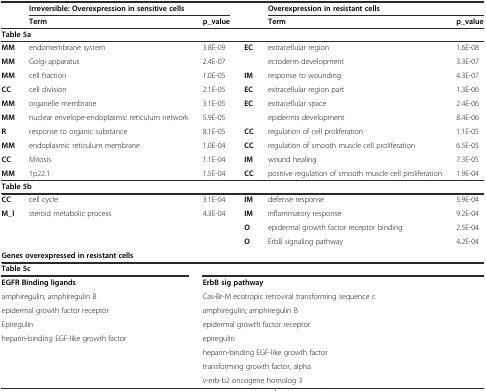
<table><thead><tr><td></td><td colspan="2"><b>Irreversible: Overexpression in sensitive cells</b></td><td></td><td colspan="2"><b>Overexpression in resistant cells</b></td></tr><tr><td></td><td><b>Term</b></td><td><b>p_value</b></td><td></td><td><b>Term</b></td><td><b>p_value</b></td></tr></thead><tbody><tr><td colspan="6"><b>Table 5a</b></td></tr><tr><td><b>MM</b></td><td>endomembrane system</td><td>3.8E-09</td><td><b>EC</b></td><td>extracellular region</td><td>1.6E-08</td></tr><tr><td><b>MM</b></td><td>Golgi apparatus</td><td>2.4E-07</td><td></td><td>ectoderm development</td><td>3.3E-07</td></tr><tr><td><b>MM</b></td><td>cell fraction</td><td>1.0E-05</td><td><b>IM</b></td><td>response to wounding</td><td>4.3E-07</td></tr><tr><td><b>CC</b></td><td>cell division</td><td>2.1E-05</td><td><b>EC</b></td><td>extracellular region part</td><td>1.3E-06</td></tr><tr><td><b>MM</b></td><td>organelle membrane</td><td>3.1E-05</td><td><b>EC</b></td><td>extracellular space</td><td>2.4E-06</td></tr><tr><td><b>MM</b></td><td>nuclear envelope-endoplasmic reticulum network</td><td>5.9E-05</td><td></td><td>epidermis development</td><td>8.4E-06</td></tr><tr><td><b>R</b></td><td>response to organic substance</td><td>8.1E-05</td><td><b>CC</b></td><td>regulation of cell proliferation</td><td>1.1E-05</td></tr><tr><td><b>MM</b></td><td>endoplasmic reticulum membrane</td><td>1.0E-04</td><td><b>CC</b></td><td>regulation of smooth muscle cell proliferation</td><td>6.5E-05</td></tr><tr><td><b>CC</b></td><td>Mitosis</td><td>1.1E-04</td><td><b>IM</b></td><td>wound healing</td><td>7.3E-05</td></tr><tr><td><b>MM</b></td><td>1p22.1</td><td>1.5E-04</td><td><b>CC</b></td><td>positive regulation of smooth muscle cell proliferation</td><td>1.9E-04</td></tr><tr><td colspan="6"><b>Table 5b</b></td></tr><tr><td><b>CC</b></td><td>cell cycle</td><td>3.1E-04</td><td><b>IM</b></td><td>defense response</td><td>5.9E-04</td></tr><tr><td><b>M_l</b></td><td>steroid metabolic process</td><td>4.3E-04</td><td><b>IM</b></td><td>inflammatory response</td><td>9.2E-04</td></tr><tr><td></td><td></td><td></td><td><b>O</b></td><td>epidermal growth factor receptor binding</td><td>2.5E-04</td></tr><tr><td></td><td></td><td></td><td><b>O</b></td><td>ErbB signaling pathway</td><td>4.2E-04</td></tr><tr><td colspan="6"><b>Genes overexpressed in resistant cells</b></td></tr><tr><td colspan="2"><b>Table 5c</b></td><td colspan="4"></td></tr><tr><td colspan="2"><b>EGFR Binding ligands</b></td><td colspan="4"><b>ErbB sig pathway</b></td></tr><tr><td colspan="2">amphiregulin; amphiregulin B</td><td colspan="4">Cas-Br-M ecotropic retroviral transforming sequence c</td></tr><tr><td colspan="2">epidermal growth factor receptor</td><td colspan="4">amphiregulin; amphiregulin B</td></tr><tr><td colspan="2">Epiregulin</td><td colspan="4">epidermal growth factor receptor</td></tr><tr><td colspan="2">heparin-binding EGF-like growth factor</td><td colspan="4">epiregulin</td></tr><tr><td colspan="2"></td><td colspan="4">heparin-binding EGF-like growth factor</td></tr><tr><td colspan="2"></td><td colspan="4">transforming growth factor, alpha</td></tr><tr><td colspan="2"></td><td colspan="4">v-erb-b2 oncogene homolog 3</td></tr></tbody></table>